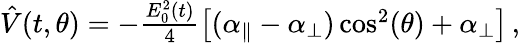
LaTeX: \begin{array}{r}{\hat{V}(t,\theta)=-\frac{E_{0}^{2}(t)}{4}\left[(\alpha_{\parallel}-\alpha_{\perp})\cos^{2}(\theta)+\alpha_{\perp}\right]\, ,}\end{array}